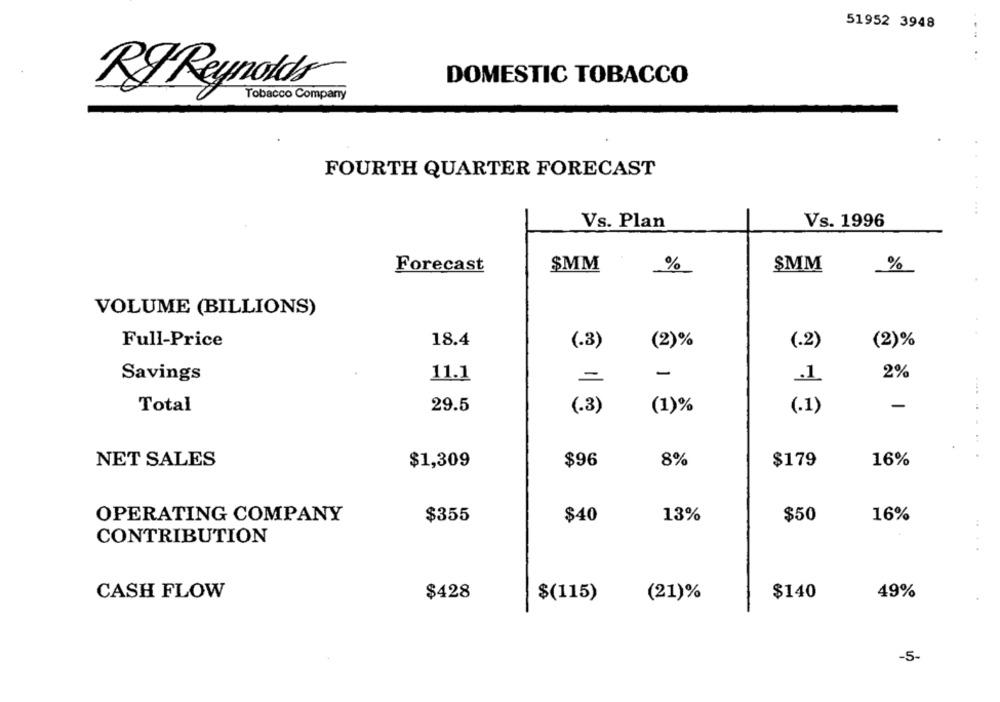
51952 3948
DOMESTIC TOBACCO
RJ Reynolds
Tobacco Company
FOURTH QUARTER FORECAST
...
Vs. Plan
Vs. 1996
$MM
%
SMM
Forecast
%
VOLUME (BILLIONS)
Full-Price
18.4
(2)%
(.2)
(2)%
(.3)
Savings
11.1
-
2%
-
.1
-
Total
29.5
(.3)
(1)%
(.1)
NET SALES
$1,309
$96
8%
$179
16%
OPERATING COMPANY
$355
$40
13%
$50
16%
CONTRIBUTION
CASH FLOW
$428
$140
49%
$(115)
(21)%
-5.